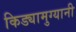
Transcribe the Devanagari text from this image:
किड्यामुग्यानी